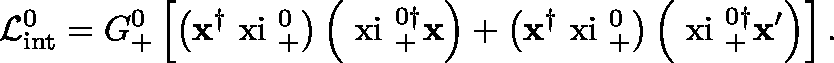
{ \cal L } _ { \mathrm { i n t } } ^ { 0 } = G _ { + } ^ { 0 } \left[ \left( { \bf x } ^ { \dagger } \mathrm { \boldmath ~ x i ~ } _ { + } ^ { 0 } \right) \left( \mathrm { \boldmath ~ x i ~ } _ { + } ^ { 0 \dagger } { \bf x } \right) + \left( { \bf x } ^ { \dagger } \mathrm { \boldmath ~ x i ~ } _ { + } ^ { 0 } \right) \left( \mathrm { \boldmath ~ x i ~ } _ { + } ^ { 0 \dagger } { \bf x } ^ { \prime } \right) \right] .